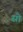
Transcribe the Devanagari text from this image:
सोे